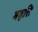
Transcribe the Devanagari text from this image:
मवृत्ति